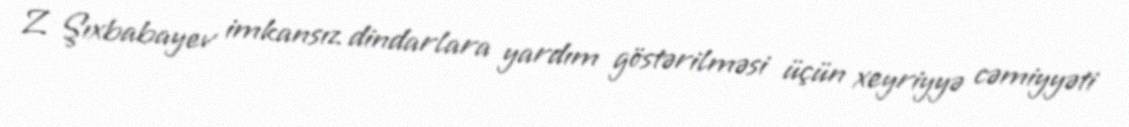
Z. Şıxbabayev imkansız dindarlara yardım göstərilməsi üçün xeyriyyə cəmiyyəti